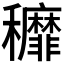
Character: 𮃷